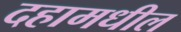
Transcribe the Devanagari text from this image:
दहामधील